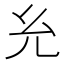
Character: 𰏯